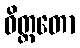
ဝိတ္ထတော